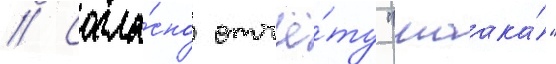
// Согла́сно отчё́ту "маака́"